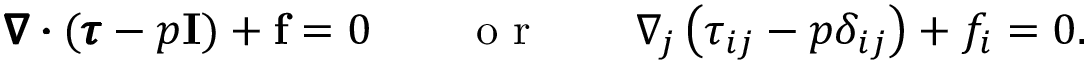
\pmb { \nabla } \pmb { \cdot } ( \pmb { \tau } - p \mathbf { I } ) + \mathbf { f } = 0 \qquad \textnormal { o r } \qquad \nabla _ { j } \left( \tau _ { i j } - p \delta _ { i j } \right) + f _ { i } = 0 .